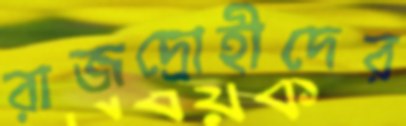
রাজদ্রোহীদের